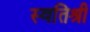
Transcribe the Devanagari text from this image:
स्वतिश्री